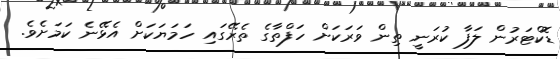
ޑޮކްޓަރުން ލަފާ ކުރަނީ ތިން ވަރަކަށް ހަފްތާގެ ތެރޭގައި ހަމަޔަކަށް އެޅޭނެ ކަމަށެވެ.